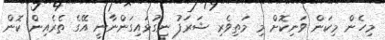
މިހެން މިކަން ވަނިކޮށް މި މަތިވެރި ޝަރަފު ނިގުޅައިގަންނާނީ އޭގެ ތެރެއިން ކޮން